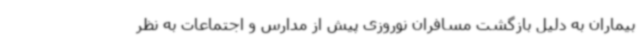
بیماران به دلیل بازگشت مسافران نوروزی پیش از مدارس و اجتماعات به نظر